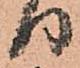
り